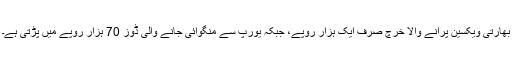
بھارتی ویکسین پرآنے والا خرچ صرف ایک ہزار روپے، جبکہ یورپ سے منگوائی جانے والی ڈوز 70 ہزار روپے میں پڑتی ہے۔